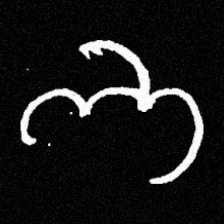
Pyu character \u2014 Myanmar letter: ဘ (romanized: bha)